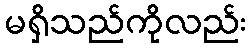
မရှိသည်ကိုလည်း